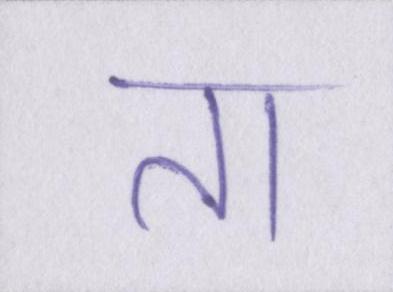
ता